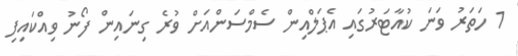
1 ހަތަރު ވަނަ ކުއާޓަރުގައި އެޕަލްއިން ސެމްސަންއަށް ވުރެ ގިނައިން ފޯނު ވިއްކައިފި